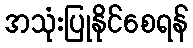
အသုံးပြုနိုင်စေရန်